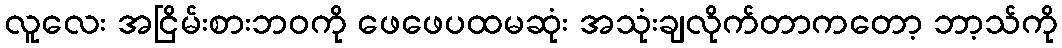
လူလေး အငြိမ်းစားဘဝကို ဖေဖေပထမဆုံး အသုံးချလိုက်တာကတော့ ဘာ့သ်ကို